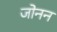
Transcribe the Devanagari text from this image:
जोनन